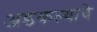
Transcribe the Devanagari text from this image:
अडकल्याचे